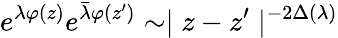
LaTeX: e^{\lambda\varphi(z)}e^{\bar{\lambda}\varphi(z^{\prime})}\sim\mid z-z^{\prime}\mid^{-2\Delta(\lambda)}